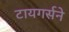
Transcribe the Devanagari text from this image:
टायगर्सने